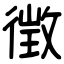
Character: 徴